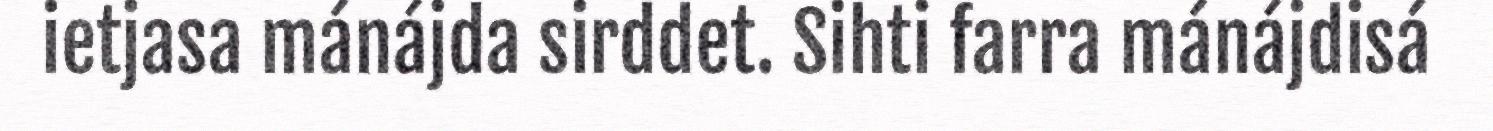
ietjasa mánájda sirddet. Sihti farra mánájdisá